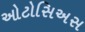
ઓટોસિઅસ